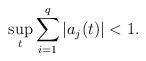
LaTeX: \begin{align*}\sup_t \sum_{i=1}^q |a_j(t)|<1.\end{align*}